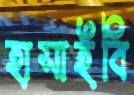
হাসাইবি